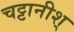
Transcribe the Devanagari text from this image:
चट्टानीश्